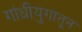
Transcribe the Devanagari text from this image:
गांधीयुगातून